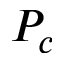
P _ { c }